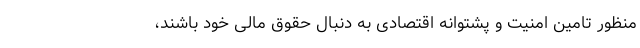
منظور تامین امنیت و پشتوانه اقتصادی به دنبال حقوق مالی خود باشند،